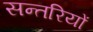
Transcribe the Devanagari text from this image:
सन्तरियों